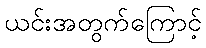
ယင်းအတွက်ကြောင့်